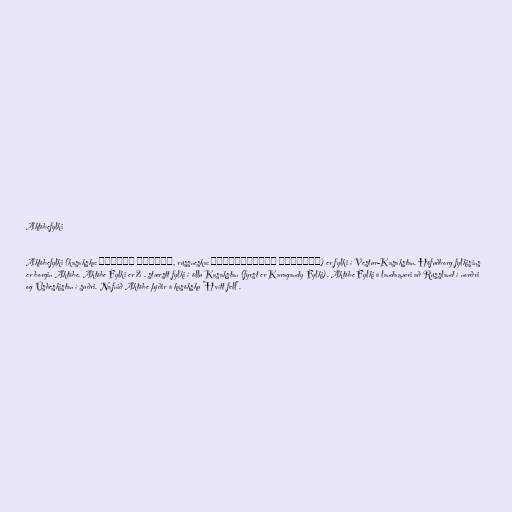
Aktöbefylki

Aktöbefylki (kasakska: Ақтөбе облысы, rússneska: Актюбинская область) er fylki í Vestur-Kasakstan. Höfuðborg fylkisins
er borgin Aktöbe. Aktöbe Fylki er 2 . stærstt fylki í öllu Kasakstan (fyrst er Karagandy Fylki). Aktöbe Fylki á landamæri að Rússland í norðri
og Úsbeskistan í suðri. Nafnið Aktöbe þýðir á kasöksku "Hvítt fell".